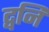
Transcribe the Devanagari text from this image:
द्वनि